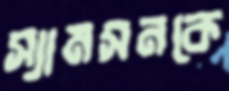
স্যামসনকে